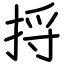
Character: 捋